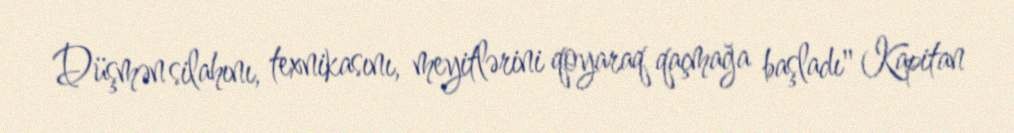
Düşmən silahını, texnikasını, meyitlərini qoyaraq qaçmağa başladı" Kapitan